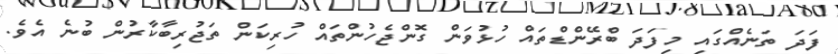
ފަދަ ތަނެއްގައި މިފަދަ ބްރޭންޑްތައް ހުޅުވަން ގޮންޖެހުންތައް ހުރިކަން ތަޖުރިބާކާރުން ބުނެ އެވެ.